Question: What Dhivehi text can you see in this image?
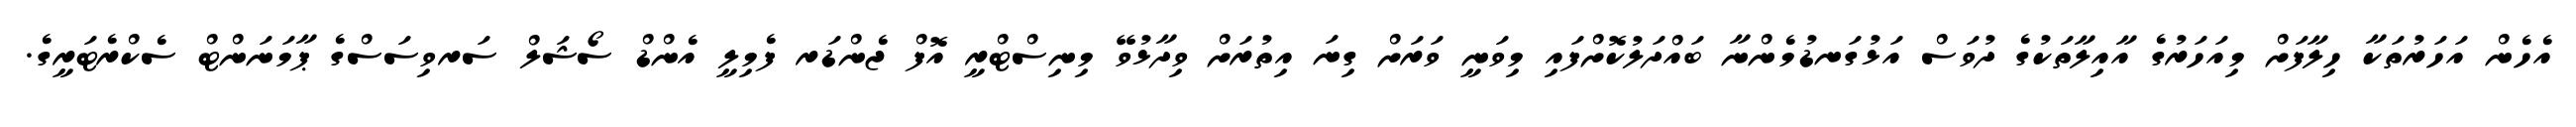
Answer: އެހެން އަހަރުތަކާ ހިލާފަށް މިއަހަރުގެ އާއިލާތަކުގެ ދުވަސް އަޅުގަނޑުމެންނާ ބައްދަލުކޮށްފައި މިވަނީ ވަރަށް ގިނަ އިތުރަށް ވިދާޅުވޭ މިނިސްޓްރީ އޮފް ޖެންޑަރ ފެމިލީ އެންޑް ސޯޝަލް ސަރވިސަސްގެ ޕާމަނަންޓް ސެކްރެޓަރީގެ.